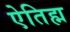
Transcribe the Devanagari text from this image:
ऐतिह्म